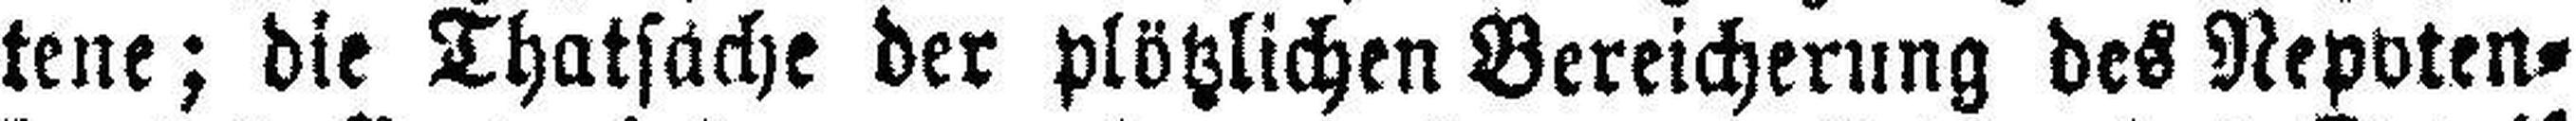
tene; die Thatsache der plötzlichen Bereicherung des Nepoten¬